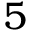
5